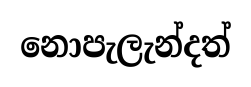
නොපැලැන්දත්